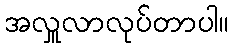
အလှူလာလုပ်တာပါ။